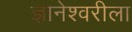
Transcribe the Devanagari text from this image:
ज्ञानेश्वरीला